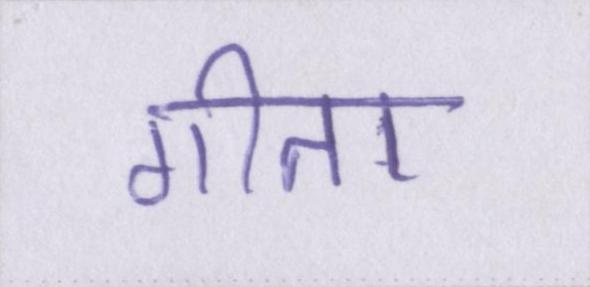
गीता